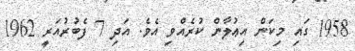
1958 ގައި މިކަން އިޢުލާން ކުރެއްވި އެވެ. އަދި 7 ފެބުރުއަރީ 1962